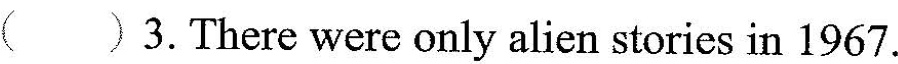
( ) 3.There were only alien stories in 1967.